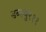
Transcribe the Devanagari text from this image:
डब्ल्यु२११